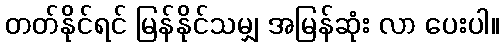
တတ်နိုင်ရင် မြန်နိုင်သမျှ အမြန်ဆုံး လာ ပေးပါ။